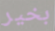
بخير